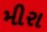
મીરા